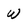
Character: W